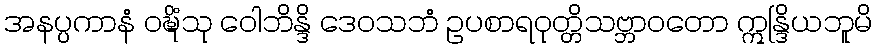
အနပ္ပကာနံ ဝဍ္ဎိံသု ဝေါဘိန္ဒိ ဒေဝသဘံ ဥပစာရဝုတ္တိသဗ္ဘာဝတော ဣန္ဒြိယဘူမိ